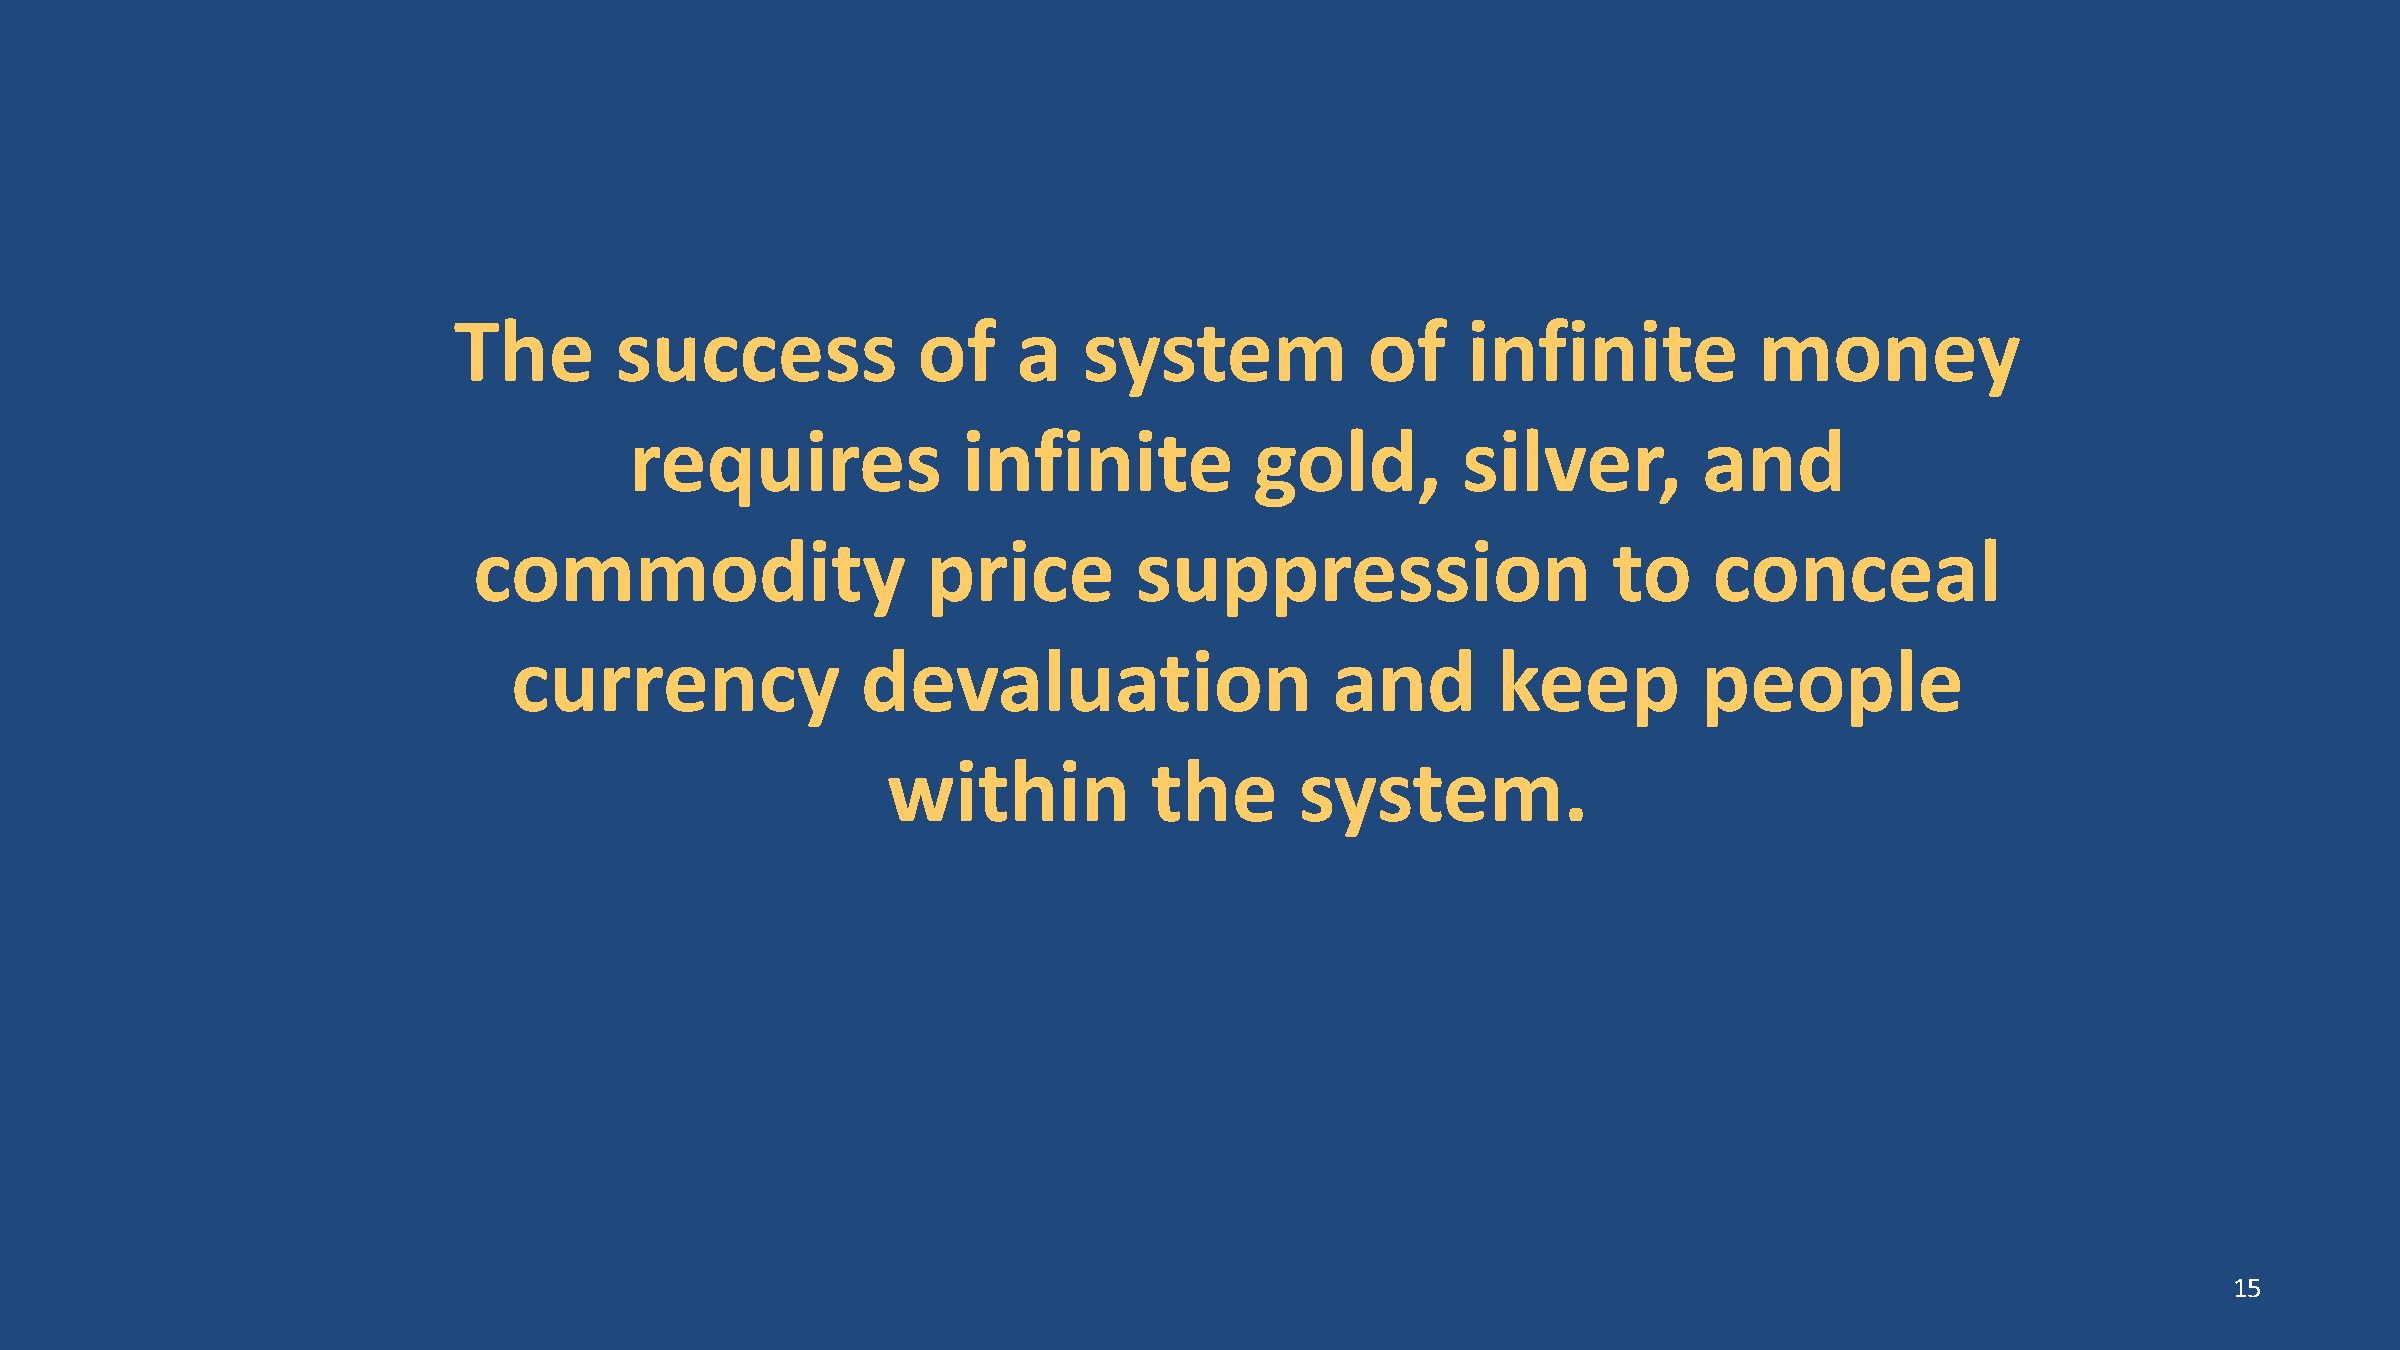
The        success             of    a    system             of    infinite           money
 requires              infinite           gold,         silver,         and
 commodity                     price         suppression                     to    conceal
 currency               devaluation                    and        keep          people
 within           the       system.
 15